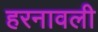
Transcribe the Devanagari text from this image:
हरनावली